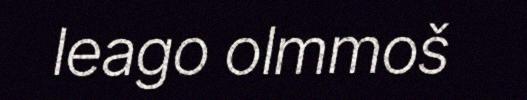
leago olmmoš